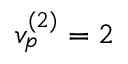
v _ { p } ^ { ( 2 ) } = 2